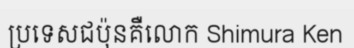
ប្រទេសជប៉ុនគឺលោក Shimura Ken